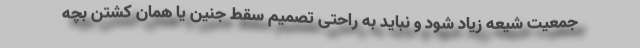
جمعیت شیعه زیاد شود و نباید به راحتی تصمیم سقط جنین یا همان کشتن بچه